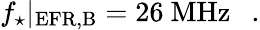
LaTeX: f_{\star}|_{\mathrm{EFR,B}}=26~\mathrm{MHz}~~\ .